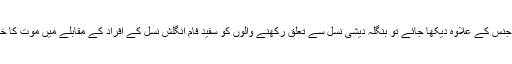
اگر عمر اور جنس کے علاوہ دیکھا جائے تو بنگلہ دیشی نسل سے تعلق رکھنے والوں کو سفید فام انگلش نسل کے افراد کے مقابلے میں موت کا خطرہ دگنا ہے۔